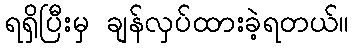
ရရှိပြီးမှ ချန်လှပ်ထားခဲ့ရတယ်။